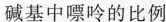
碱基中嘌呤的比例